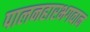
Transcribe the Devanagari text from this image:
पालनहारभगवान